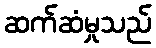
ဆက်ဆံမှုသည်